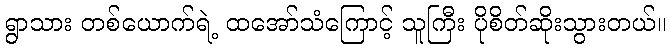
ရွာသား တစ်ယောက်ရဲ့ ထအော်သံကြောင့် သူကြီး ပိုစိတ်ဆိုးသွားတယ်။